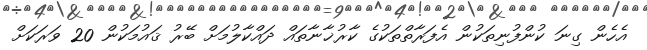
އެހެން ގިނަ ކުންފުނިތަކުން އެފަރާތްތަކުގެ ކާރުޚާނާތައް ދައްކާލުމަށް ބޭރު ޤައުމަކުން 20 ވަރަކަށް